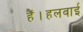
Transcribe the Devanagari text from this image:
हैं।हलवाई